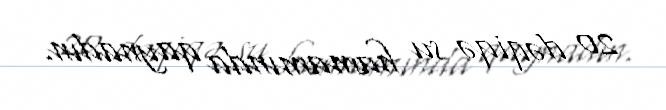
20 dəqiqə su hamamında qaynadın.